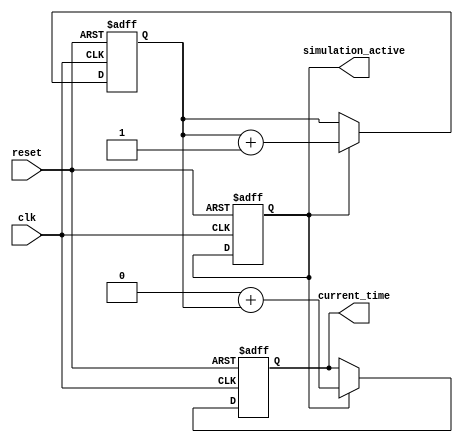
module SimulationTimeInitialization #(
    parameter START_TIME = 0,          // Default start time
    parameter TIME_RESOLUTION = 1       // Default time resolution (in arbitrary units)
)(
    input wire clk,                     // Clock signal
    input wire reset,                   // Reset signal
    output reg [31:0] current_time,     // Current simulation time
    output reg simulation_active         // Simulation active flag
);

    reg [31:0] time_counter;             // Internal time counter

    // Initialization process
    initial begin
        current_time = START_TIME;       // Set current time to start time
        time_counter = 0;                 // Initialize time counter to zero
        simulation_active = 1;            // Set simulation active flag to true
    end

    // Always block to update simulation time
    always @(posedge clk or posedge reset) begin
        if (reset) begin
            current_time <= START_TIME;   // Reset current time to start time
            time_counter <= 0;             // Reset time counter
            simulation_active <= 1;        // Reset simulation active flag
        end else if (simulation_active) begin
            time_counter <= time_counter + TIME_RESOLUTION; // Increment time counter
            current_time <= START_TIME + time_counter;     // Update current time
        end
    end

    // Termination conditions can be added here if needed
    // For example, if a certain time is reached, set simulation_active to 0

endmodule